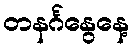
တနင်္ဂနွေနေ့